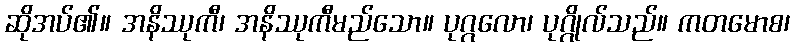
ဆိုအပ်၏။ အနိဿုကီ၊ အနိဿုကီမည်သော။ ပုဂ္ဂလော၊ ပုဂ္ဂိုလ်သည်။ ကတမောစ၊